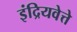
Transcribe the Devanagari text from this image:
इंद्रियवेत्ते